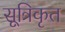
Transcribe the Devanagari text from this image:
सूत्रिकृत